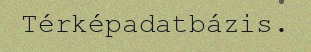
Térképadatbázis.